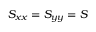
S _ { x x } = S _ { y y } = S